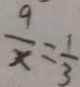
\frac { 9 } { x } = \frac { 1 } { 3 }